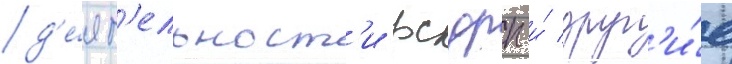
д'е́ят'ельност'и рсдрп и́ друг'и́е